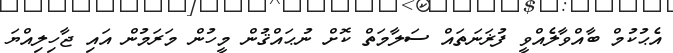
އެޙުކުމް ބާއްވާލެއްވީ ފުޜަނަތައް ސަލާމަތް ކޮށް ނުޙައްޤުން މީހުން މަރަމުން އައި ޖާހިލިއްޔަ